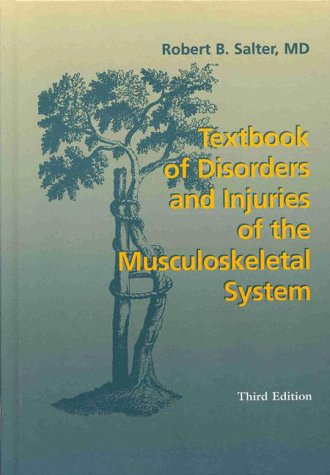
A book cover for Textbook of Disorders and Injuries of the Musculoskeletal System; Robert B. Salter CC  O.Ont  FRSC  MD  MS ; Medical Books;